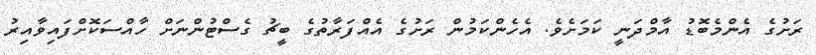
ރަށުގެ އެންމެބޮޑު އާމްދަނީ ކަމަށެވެ. އެހެންކަމުން ރަށުގެ އެއްފަރާތުގެ ބީޗު ގެސްޓުންނަށް ހާއްސަކޮށްފައިވާއިރު